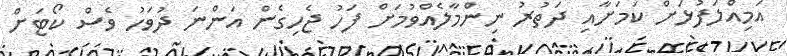
އަމިއްލަފުޅަށް ކަމަށާއި ދަތުރު ނިންމާލެއްވުމަށް ފަހު ޖެހިގެން އަންނަ ދުވަހު ވެސް ކޯޓަށް